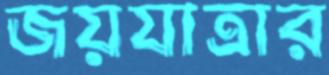
জয়যাত্রার